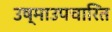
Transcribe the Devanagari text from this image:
उष्माउपचारित